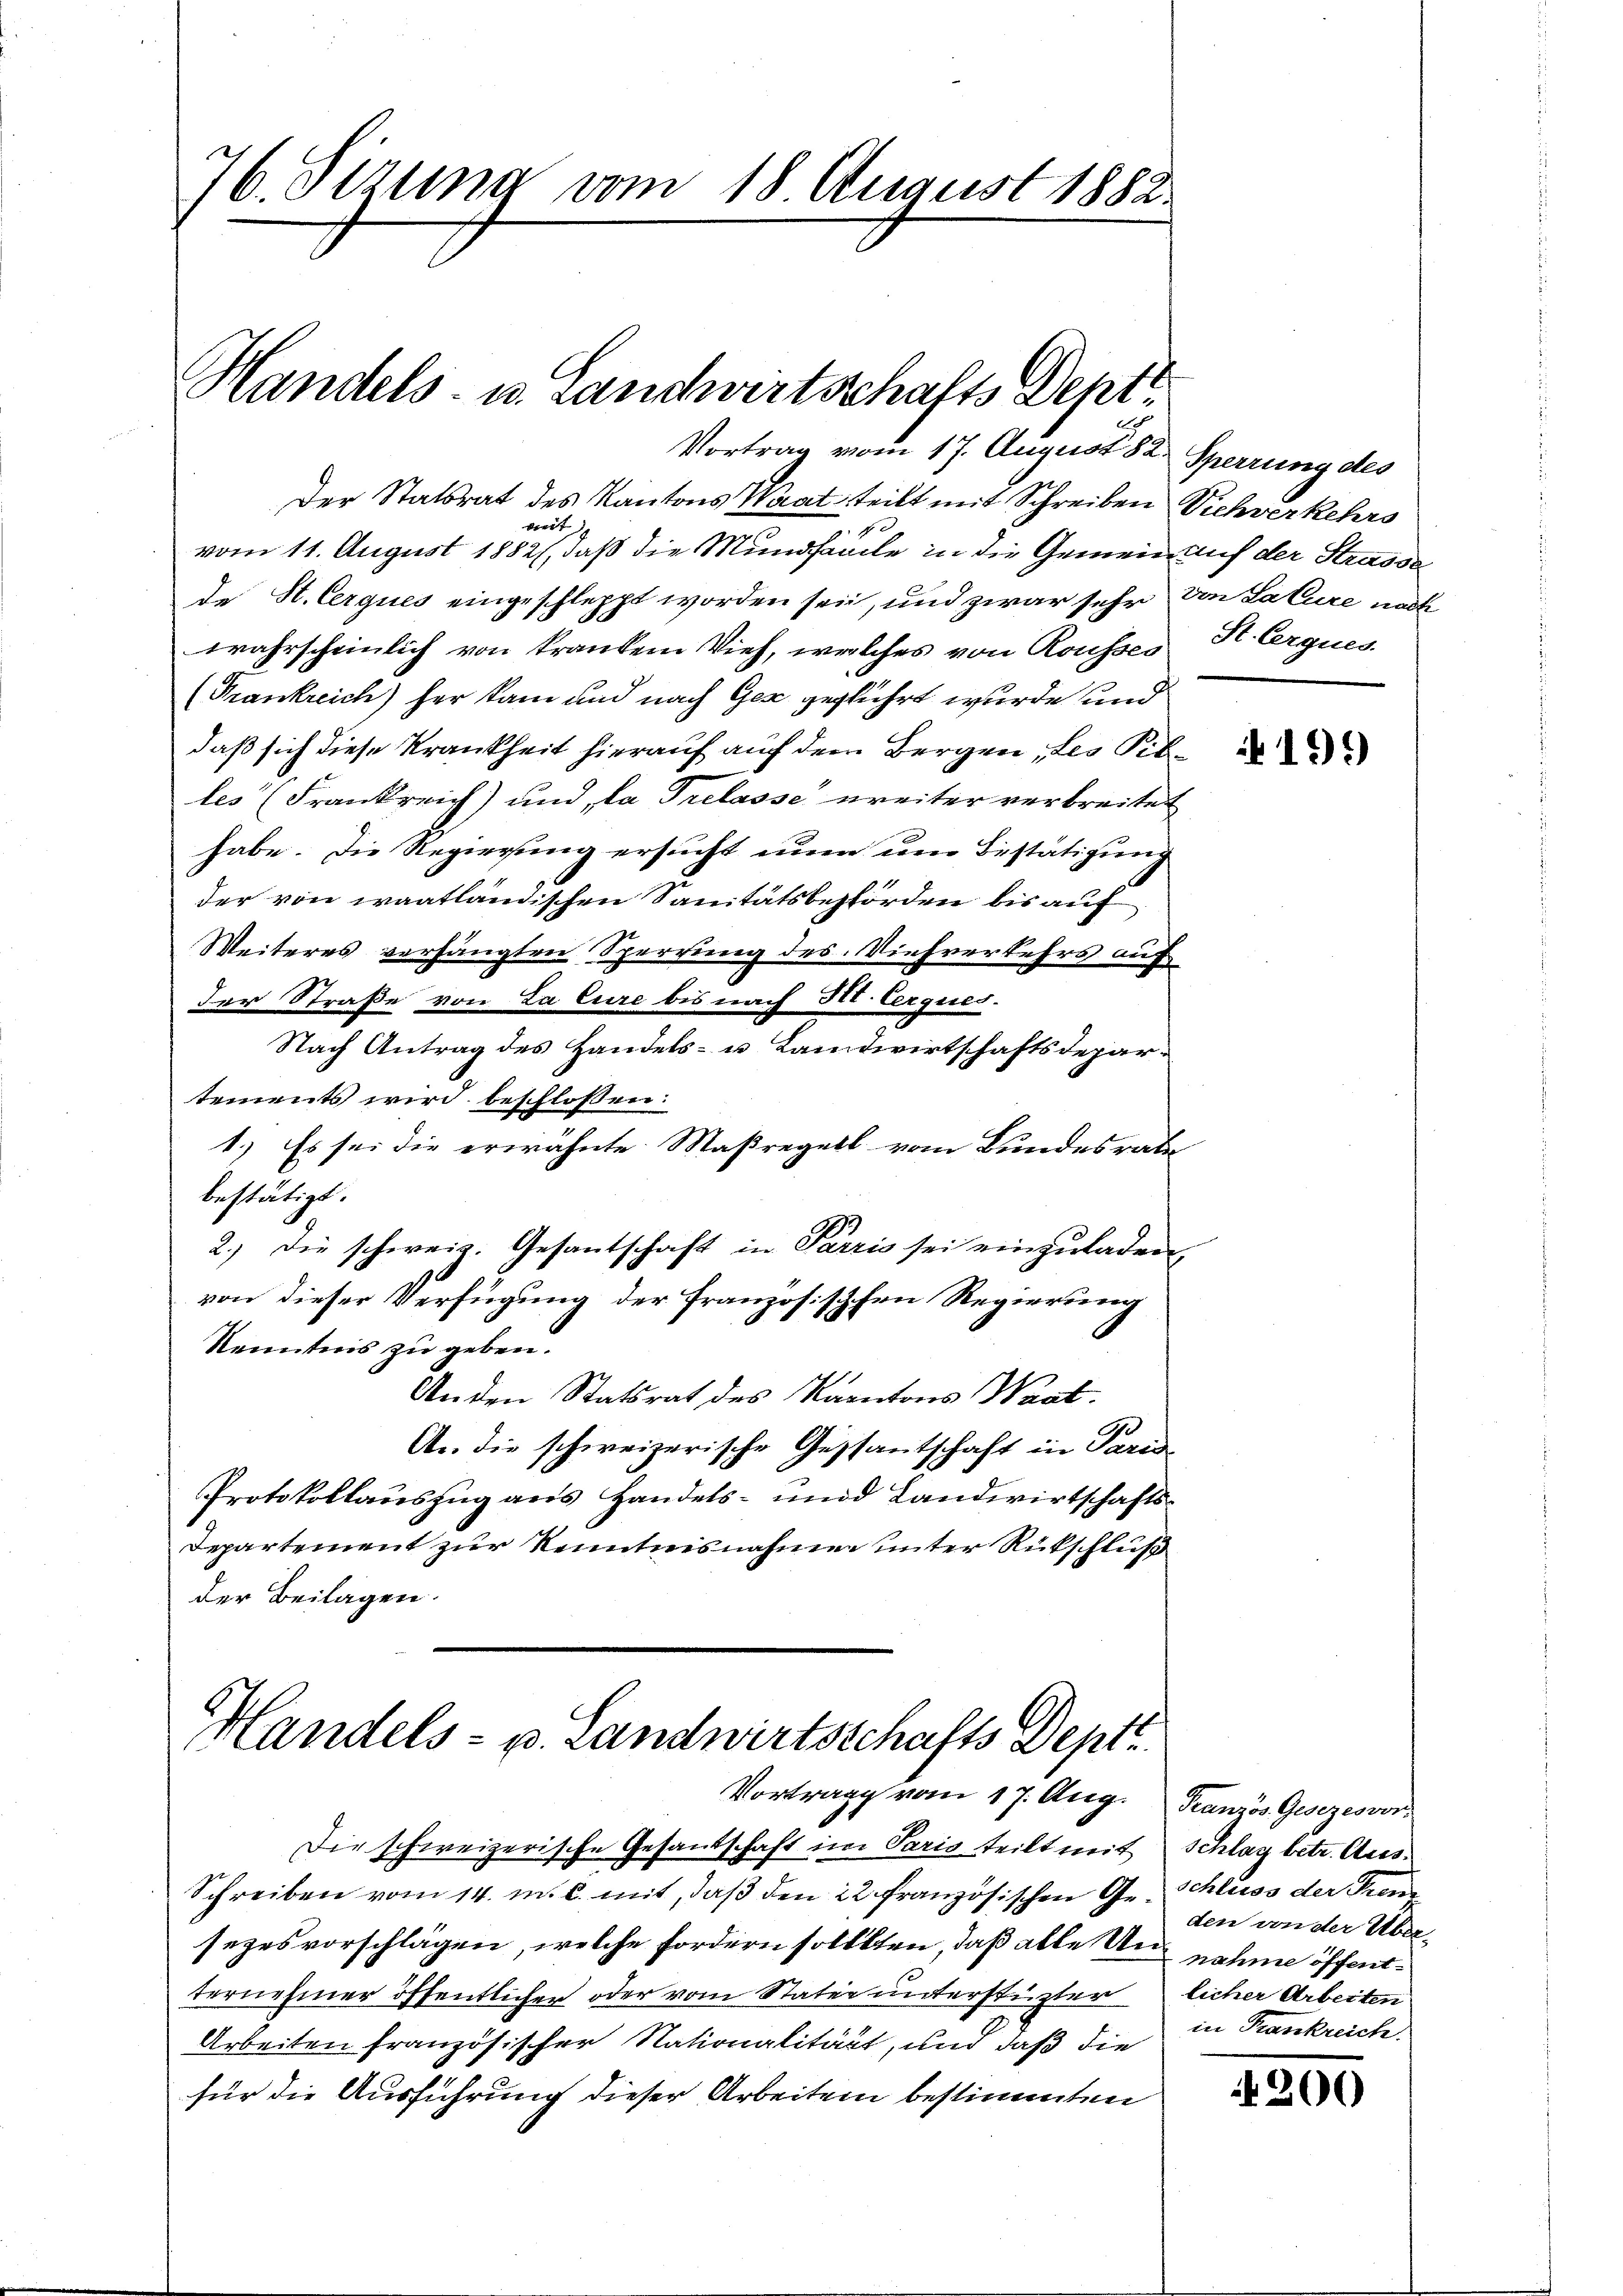
76. Sezung vom 18 August 1882.

Handels- u. Landwirtschafts Dept

Vortrag vom 17. August 182 Sperrung des
Der Statsrat des Kantons Waat teilt mit Schreiben Sichverkehrs
dert
vom 11. August 1882, daß die Mundfaule in die Gemein auf der Strasse
de St. Cerques eingeschleppt worden sei, und zwar sehr von Salure nach
wahrscheinlich von kranken Vieh, welches von Rousses
(Frankreich) her kam und nach Gez gegführt wurde und
daß sich diese Krankheit hierauf auf dem Bergen, des Pibles (Frankreich) und, la Trelasse ereiter verbreitet
habe. Die Regierung ersucht nun um Bestätigung
der von waatländischen Sanitätsbehörden bis auf
Weiteres verhängten Sperrung des Viehverkehrs auf
der Straße von La Eure bis nach 341. Cerques.
Nach Antrag des Handels- u. Landwirtschaftsdepartements wird beschlossen:
1.) Es sei die erwähnte Maßregell vom Bundesrath
bestätigt.
2.) Die schweiz. Gesantschaft in Parzis sei einzuladen
von dieser Verfügung der französischchen Regierung
Kenntnis zu geben.
Anden Statsrat des Kantons Waat.
A. die schweizerische Gestantschaft in Paris
Protokollauszug aus Handels- und Landwirtschafts¬
Departement zur Kenntnisnahme unter Rückschluß
der Beilagen.

Handels- u. Landwirtschafts Dept.
Vortrag vom 17. Aug.

Die schweizerische Gesandschaft im Paris teilt mit
Schreiben vom 14. m. c. mit, daß den 22. Französischen Gesezesvorschlägen, welche fordern solltten, daß alle Unnahme öffentternehmer öffentlicher oder vom Stater unterstüzter
Arbeiten französischer Nationalität, und daß die
für die Ausführung dieser Arbeiten bestimmten

St. Argues.

199

Französ. Gesezesvors
Schlag betr. Aus
Schluss der Fenz
den von der Überlicher Arbeiten
in Krankreich.

200